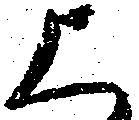
上